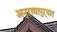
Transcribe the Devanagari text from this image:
अनुराधापुऱ्यात